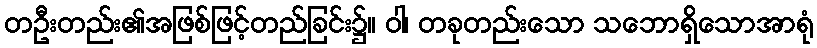
တဦးတည်း၏အဖြစ်ဖြင့်တည်ခြင်း၌။ ဝါ၊ တခုတည်းသော သဘောရှိသောအာရုံ